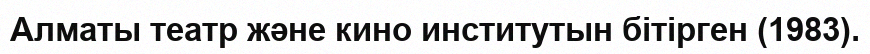
Алматы театр және кино институтын бітірген (1983).